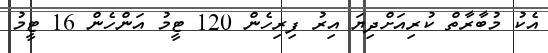
އެކު މުބާރާތް ކުރިއަށްދިޔަ އިރު ފިރިހެން 120 ޓީމު އަންހެން 16 ޓީމު